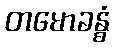
တမောခန္ဓံ